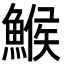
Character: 鯸